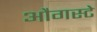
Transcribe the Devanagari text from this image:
औगस्टे